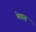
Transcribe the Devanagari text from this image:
मेवाढ़